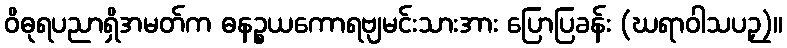
ဝိဓုရပညာရှိအမတ်က ဓနဉ္စယကောရဗျမင်းသားအား ပြောပြခန်း (ဃရာဝါသပဉှ)။